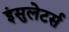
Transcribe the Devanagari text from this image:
इंसुलेटर्स